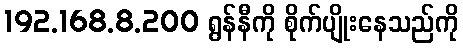
192.168.8.200 ရွန်နီကို စိုက်ပျိုးနေသည်ကို